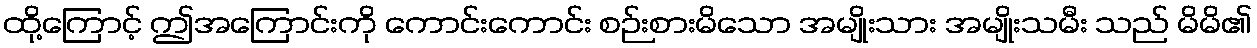
ထို့ကြောင့် ဤအကြောင်းကို ကောင်းကောင်း စဉ်းစားမိသော အမျိုးသား အမျိုးသမီး သည် မိမိ၏